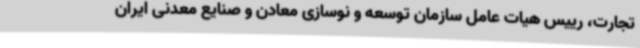
تجارت، رییس هیات عامل سازمان توسعه و نوسازی معادن و صنایع معدنی ایران